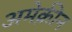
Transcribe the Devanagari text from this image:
अमेक्रीन